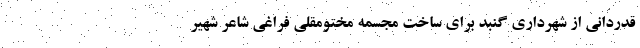
قدردانی از شهرداری گنبد برای ساخت مجسمه مختومقلی فراغی شاعر شهیر